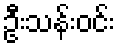
ဦးသန်းဝင်း